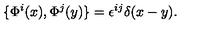
\{ \Phi ^ { i } ( x ) , \Phi ^ { j } ( y ) \} = \epsilon ^ { i j } \delta ( x - y ) .